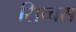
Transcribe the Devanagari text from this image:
सिच्चस